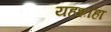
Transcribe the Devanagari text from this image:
यहशाहा